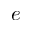
e